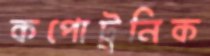
কপোট্রনিক